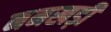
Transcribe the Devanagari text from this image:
ननखड़ी